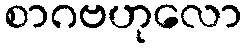
စာဂဗဟုလော